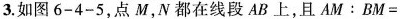
3.如图6-4-5,点M，N都在线段AB上，且$$A M : B M =